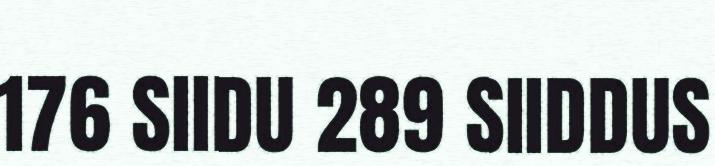
176 SIIDU 289 SIIDDUS